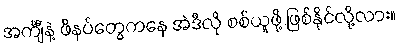
အင်္ကျီနဲ့ ဖိနပ်တွေကနေ အဲဒီလို စစ်ယူဖို့ ဖြစ်နိုင်လို့လား။